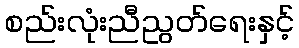
စည်းလုံးညီညွတ်ရေးနှင့်